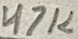
Text: 47K